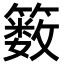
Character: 䉤